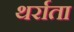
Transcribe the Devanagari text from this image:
थर्राता